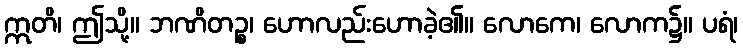
ဣတိ၊ ဤသို့။ ဘဏိတဉ္စ၊ ဟောလည်းဟောခဲ့၏။ လောကေ၊ လောက၌။ ပရံ၊